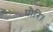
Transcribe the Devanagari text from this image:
पौरि।